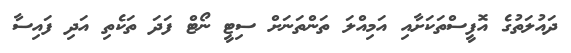
ދައުލަތުގެ އޮފީސްތަކަށާއި އަމިއްލަ ތަންތަނަށް ސިޓީ ނޯޓް ފަދަ ތަކެތި އަދި ފައިސާ